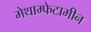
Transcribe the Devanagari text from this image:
मेथाम्फेटामीन